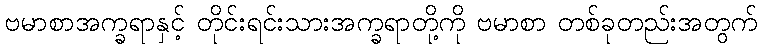
ဗမာစာအက္ခရာနှင့် တိုင်းရင်းသားအက္ခရာတို့ကို ဗမာစာ တစ်ခုတည်းအတွက်